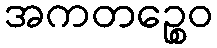
အကတဉ္စေဝ